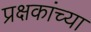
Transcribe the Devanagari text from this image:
प्रक्षकांच्या